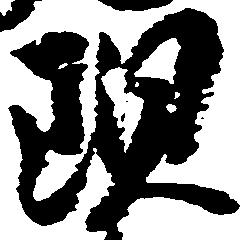
現